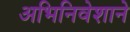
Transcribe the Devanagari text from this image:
अभिनिवेशाने